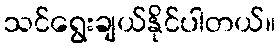
သင်ရွေးချယ်နိုင်ပါတယ်။